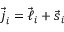
\vec { \boldsymbol { j } } _ { i } = \vec { \boldsymbol { \ell } } _ { i } + \vec { \boldsymbol { s } } _ { i }